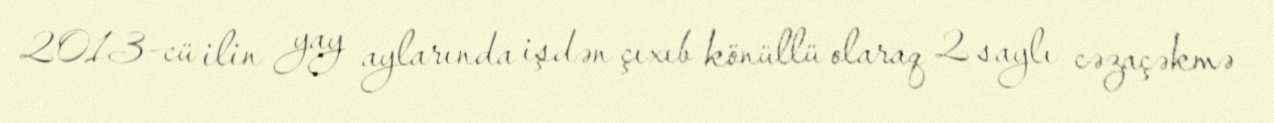
2013-cü ilin yay aylarında işdən çıxıb könüllü olaraq 2 saylı cəzaçəkmə